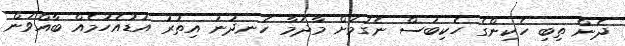
ދެން ތިބި ހެކިންގެ ހެކިބަސް ނެގުމަށް މާދަމާ ހެނދުނު އިތުރު އަޑުއެހުމެއް ބާއްވަން